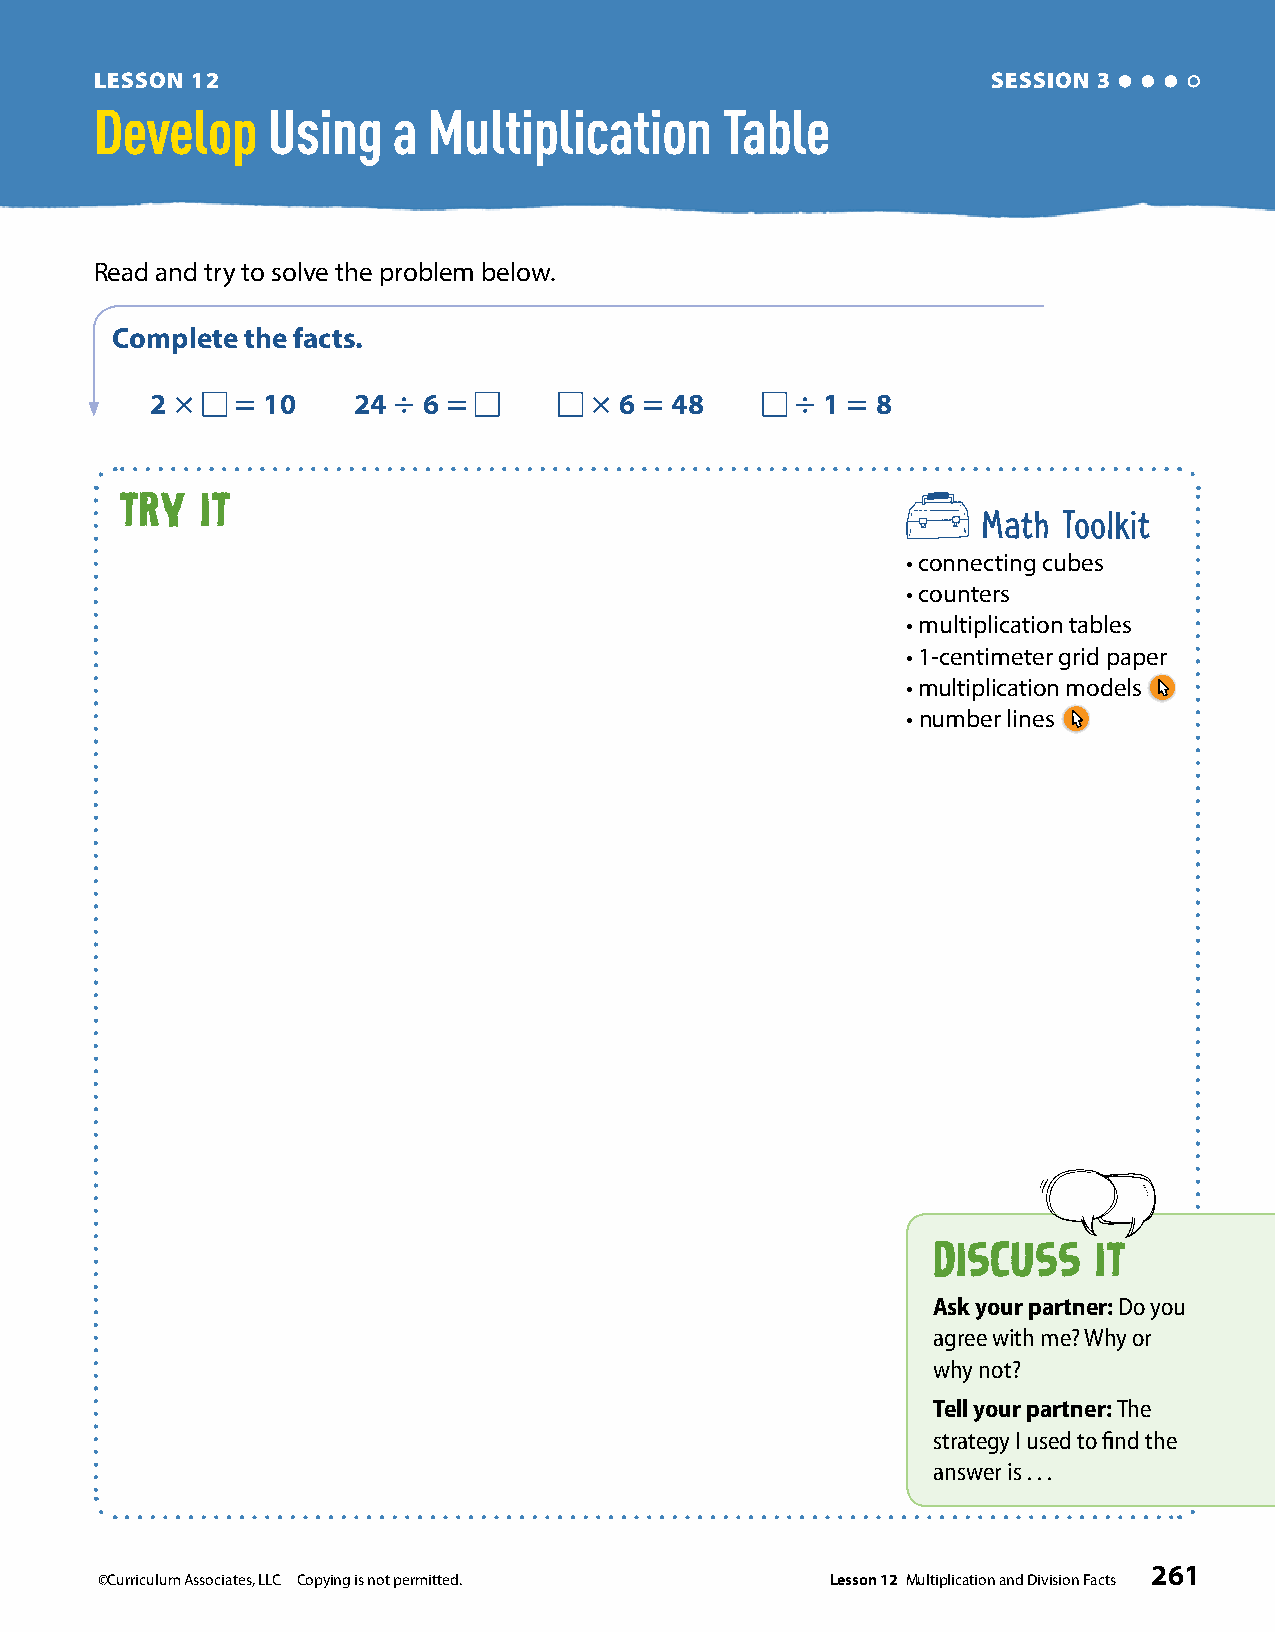
LESSON 12                                                   SESSION 3
 Develop     Using   a Multiplication      Table
 Read and try to solve the problem below.
 Complete the facts .
 2 3  5 10    24 4 6 5        3 6 5 48      4 1 5 8
 TRY  IT                                                  Math Toolkit
 • connecting cubes
 • counters
 • multiplication tables
 • 1-centimeter grid paper
 • multiplication models
 • number lines
 DISCUSS    IT
 Ask your partner: Do you
 agree with me? Why or
 why not?
 Tell your partner: The
 strategy I used to find the
 answer is . . .
 261
 ©Curriculum Associates, LLC Copying is not permitted. Lesson 12 Multiplication and Division Facts